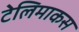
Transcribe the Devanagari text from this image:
टेलिमाकस